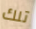
تلك